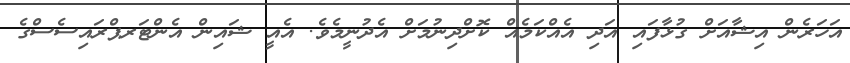
އަހަރެން އިޝާއަށް ގުޅާފައި އަދި އެއްކަމެއް ކޮށްދިނުމަށް އެދުނީމެވެ. އެއީ ޝައިން އެންޓަރޕްރައިސެސްގެ